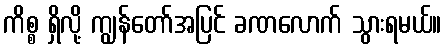
ကိစ္စ ရှိလို့ ကျွန်တော်အပြင် ခဏလောက် သွားရမယ်။